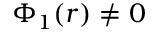
\Phi _ { 1 } ( r ) \neq 0